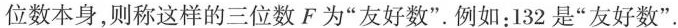
位数本身，则称这样的三位数 F 为“友好数”。例如：132 是“好数”.